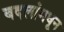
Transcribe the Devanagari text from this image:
बदलांमधून